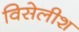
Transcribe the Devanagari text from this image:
विसेलीश